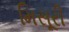
મિસૂરી